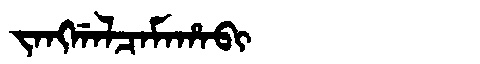
Manchu: ᠵᠠᠩᡤᠠᠯᠴᠠᠮᠠᡥᠠᠪᡳ
Romanization: JANGGALCAMAHABI